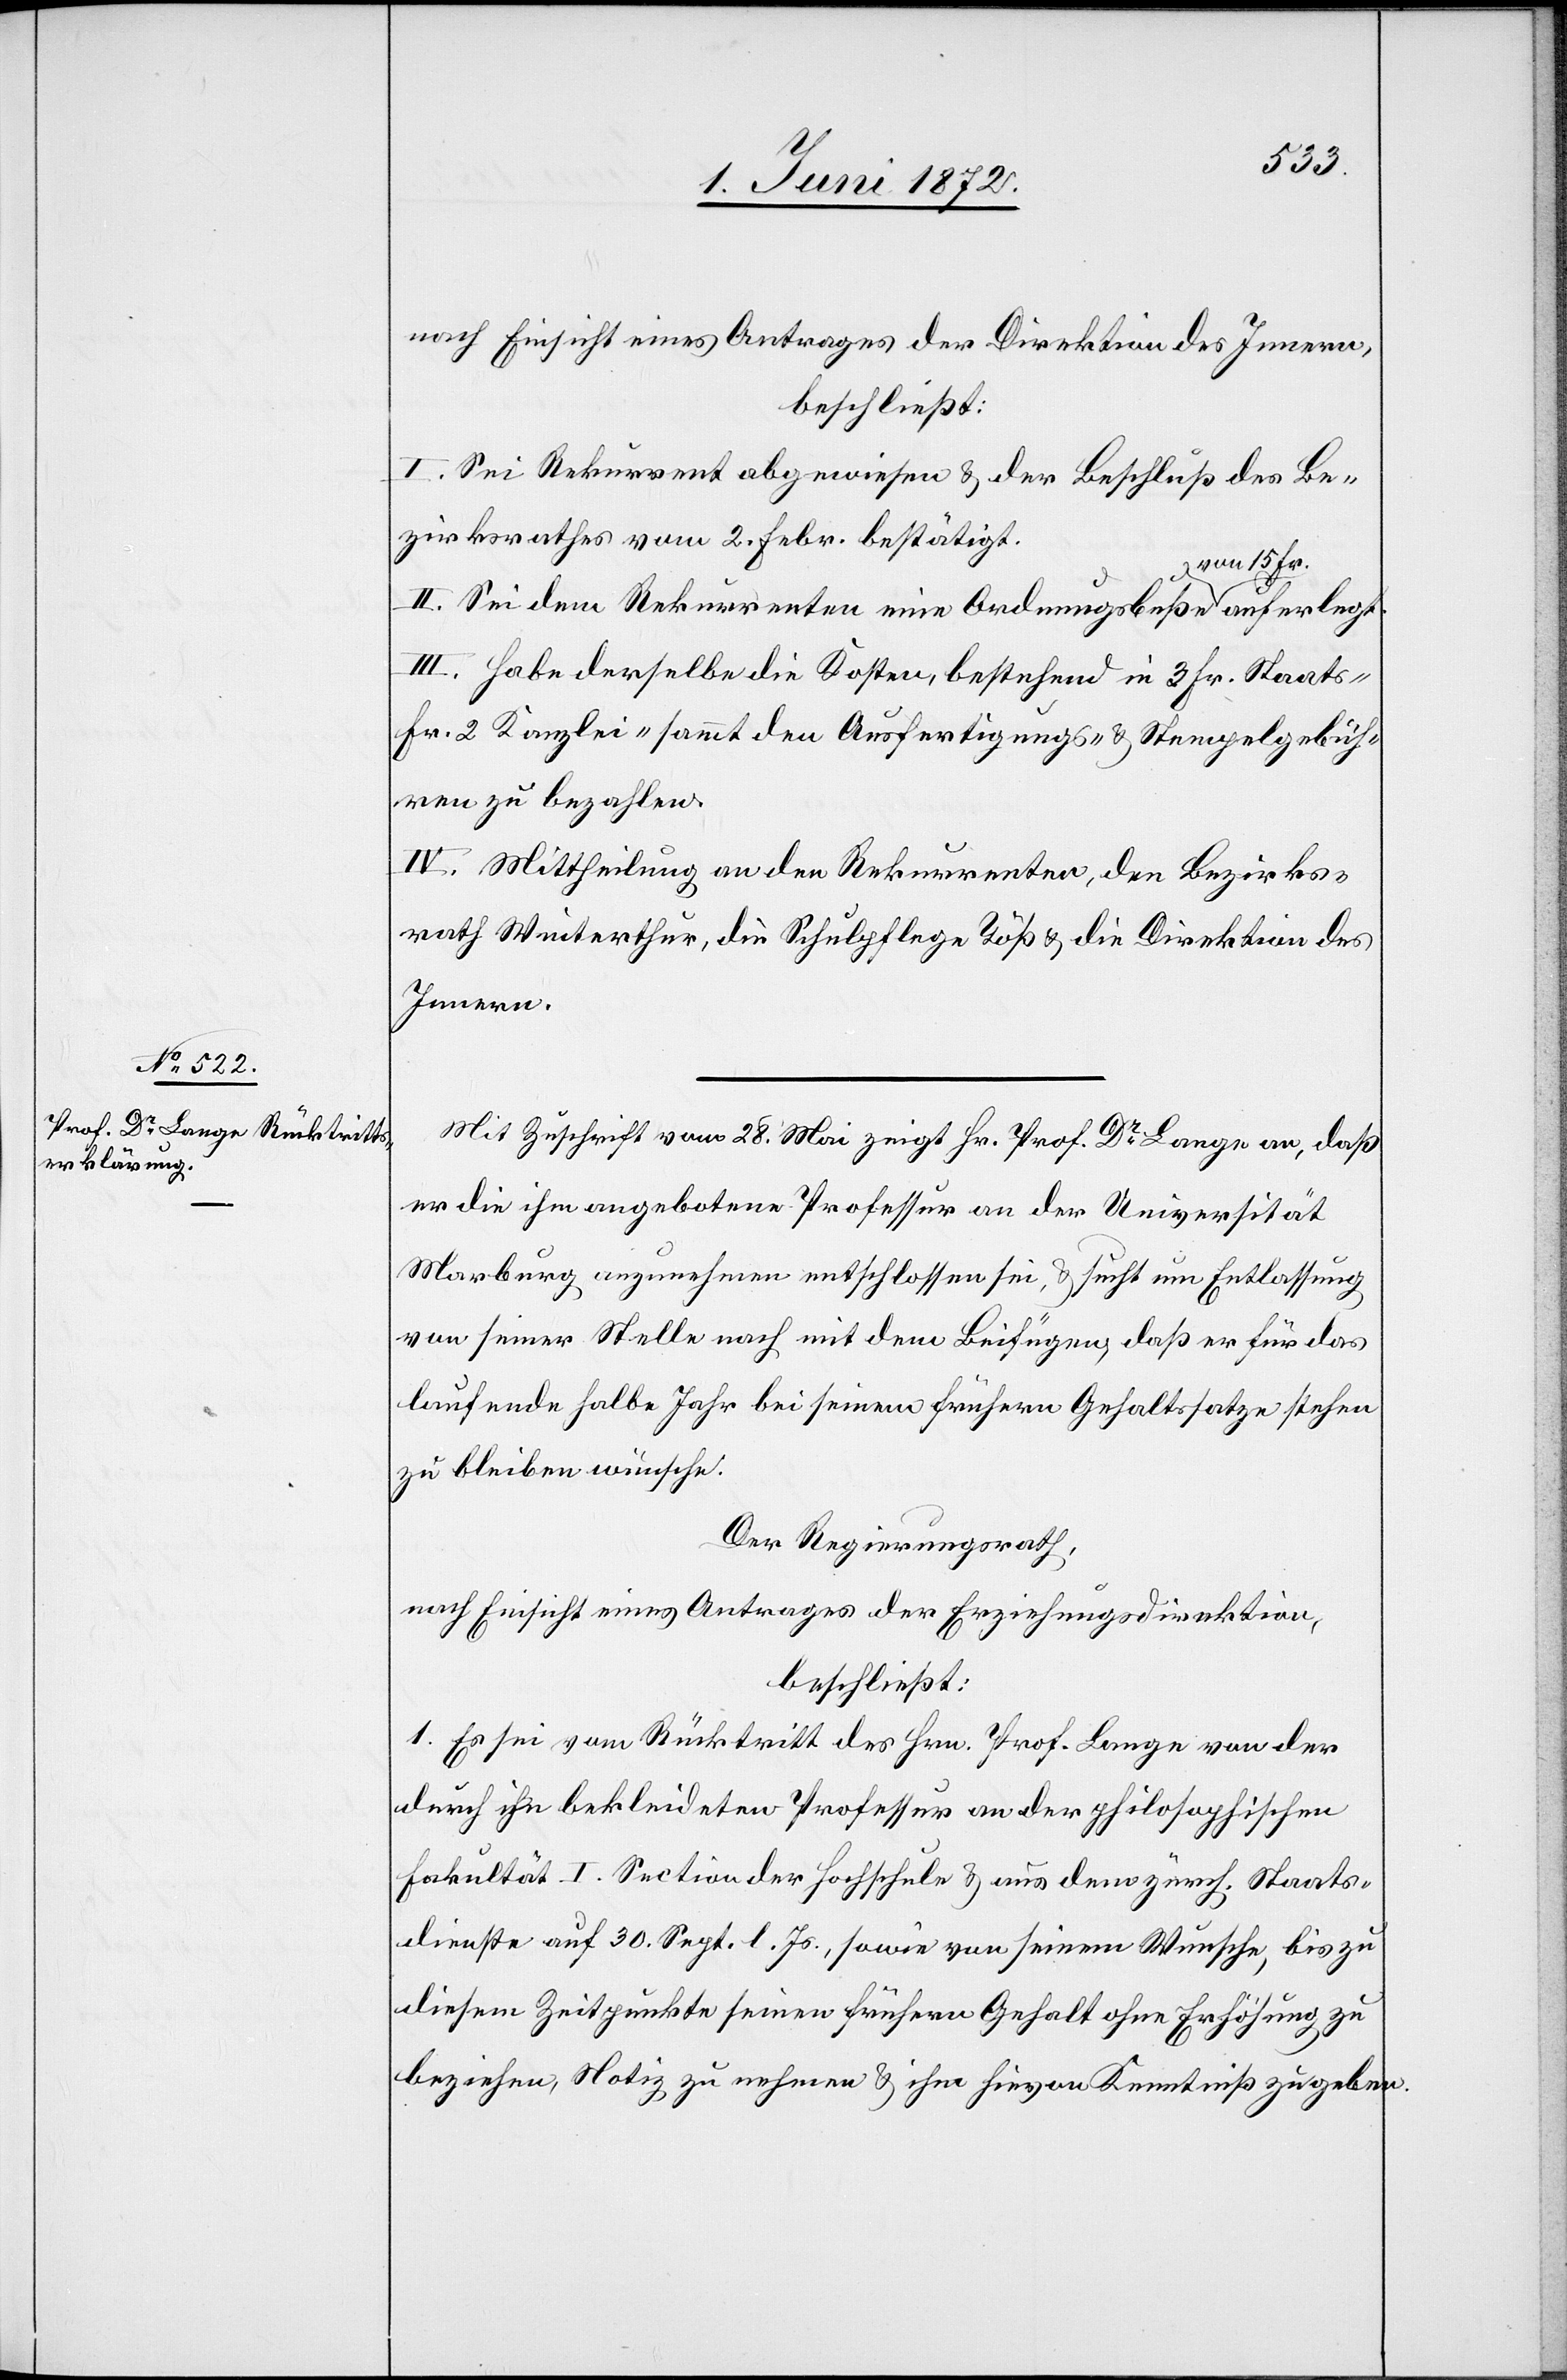
nach Einsicht eines Antrages der Direktion des Innern,
beschließt:
I. Sei Rekurrent abgewiesen u. der Beschluß des Be¬
zirksrathes vom 2. Febr. bestätigt.
II. Sei dem Rekurrenten eine Ordnungsbuße von 15 Fr. auferlegt.
III. Habe derselbe die Kosten, bestehend in 3 Fr. Staats-[,]
Fr. 2 Kanzlei-[,] sammt den Ausfertigungs- u. Stempelgebüh¬
ren zu bezahlen.
IV. Mittheilung an den Rekurrenten, den Bezirks¬
rath Winterthur, die Schulpflege Töß u. die Direktion des
Innern.
Mit Zuschrift vom 28. Mai zeigt Hr. Prof. Dr Lange an, daß
er die ihm angebotene Professur an der Universität
Marburg anzunehmen entschlossen sei, u. sucht um Entlassung
von seiner Stelle nach mit dem Beifügen, daß er für das
laufende halbe Jahr bei seinem frühern Gehaltssatze stehen
zu bleiben wünsche.
Der Regierungsrath,
nach Einsicht eines Antrages der Erziehungsdirektion,
beschließt:
1. Es sei vom Rücktritt des Hrn. Prof. Lange von der
durch ihn bekleideten Professur an der philosophischen
Fakultät I. Section der Hochschule u. aus dem zürch. Staats¬
dienste auf 30. Sept. l. Js., sowie von seinem Wunsche, bis zu
diesem Zeitpunkte seinen frühern Gehalt ohne Erhöhung zu
beziehen, Notiz zu nehmen u. ihm hievon Kenntniß zu geben.